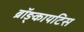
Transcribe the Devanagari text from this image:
ब्रॉङ्कायटिस